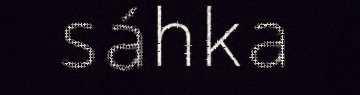
sáhka